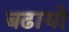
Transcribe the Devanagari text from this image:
बढायो